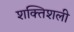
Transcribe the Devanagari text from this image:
शक्तिशली